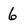
Character: 6